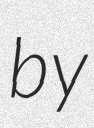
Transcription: by